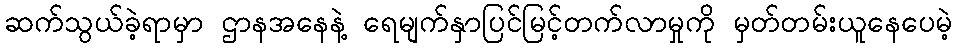
ဆက်သွယ်ခဲ့ရာမှာ ဌာနအနေနဲ့ ရေမျက်နှာပြင်မြင့်တက်လာမှုကို မှတ်တမ်းယူနေပေမဲ့